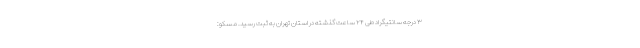
۳ درجه سانتیگراد طی ۲۴ ساعت گذشته در استان تهران به ثبت رسید. مسکو: